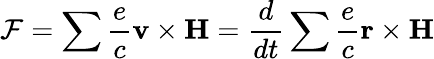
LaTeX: \mathcal{F}=\sum\frac{e}{c}\textbf{v}\times\textbf{H}=\frac{d}{dt}\sum\frac{e}{c}\textbf{r}\times\textbf{H}